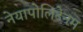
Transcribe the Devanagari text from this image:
नेयापोलिटेनम